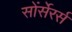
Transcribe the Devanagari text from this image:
सोंर्सेरर्स